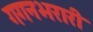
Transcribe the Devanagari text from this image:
गगनभरारी